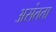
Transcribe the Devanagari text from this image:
असंतता